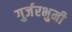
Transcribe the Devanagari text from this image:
गुर्जरभुमी